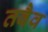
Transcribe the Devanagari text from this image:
तवैव